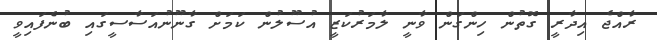
ރާއްޖެ އިދާރީ ގޮތުން ހިންގަން ވާނީ ލާމަރުކަޒީ އުސޫލުން ކަމަށް ގާނޫނުއަސާސީގައި ބުނެފައިވީ